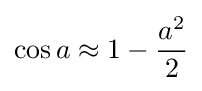
\cos a\approx 1-{\frac {a^{2}}{2}}